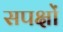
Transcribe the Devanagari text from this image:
सपक्षों